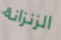
الزنزانة